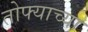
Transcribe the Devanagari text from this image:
तोफ्याच्या